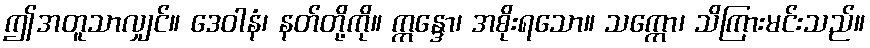
ဤအတူသာလျှင်။ ဒေဝါနံ၊ နတ်တို့ကို။ ဣန္ဒော၊ အစိုးရသော။ သက္ကော၊ သိကြားမင်းသည်။